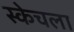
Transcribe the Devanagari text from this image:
स्केचला